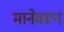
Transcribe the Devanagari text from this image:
मानेवरून